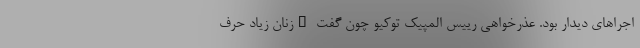
اجراهای دیدار بود. عذرخواهی رییس المپیک توکیو چون گفت "زنان زیاد حرف